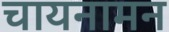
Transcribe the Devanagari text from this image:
चायनामन